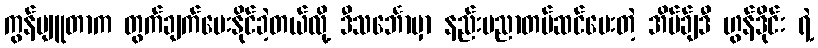
ကွန်ပျူတာက တွက်ချက်ပေးနိုင်ခဲ့တယ်လို့ ဒီသင်္ဘောမှာ နည်းပညာတပ်ဆင်ပေးတဲ့ အိပ်ခ်ျဒီ ဟွန်ဒိုင်း ရဲ့